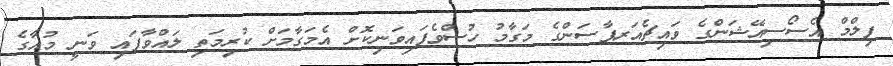
ފިލްމް އެސޯސިއޭޝަންގެ ވައިޗެއަރޕާސަންގެ މަގާމު ހުސްވެފައިވަނިކޮށް އެމަގާމަށް ކުރިމަތި ލައްވާފައި ވަނީ މުއާގެ